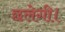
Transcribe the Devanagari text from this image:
छलेगी।